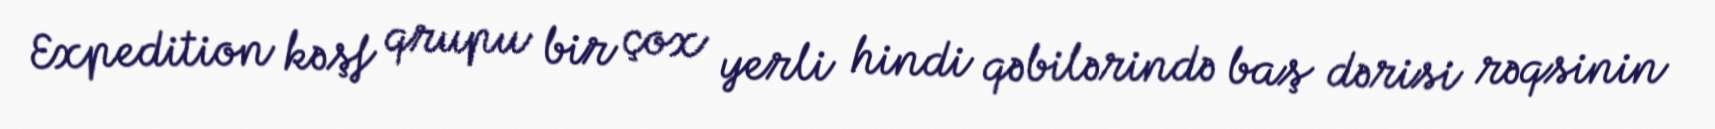
Expedition kəşf qrupu bir çox yerli hindi qəbilərində baş dərisi rəqsinin